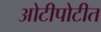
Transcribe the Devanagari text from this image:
ओटीपोटीत